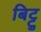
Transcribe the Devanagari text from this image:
बिट्टु